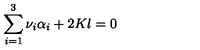
\sum _ { i = 1 } ^ { 3 } \nu _ { i } \alpha _ { i } + 2 K l = 0